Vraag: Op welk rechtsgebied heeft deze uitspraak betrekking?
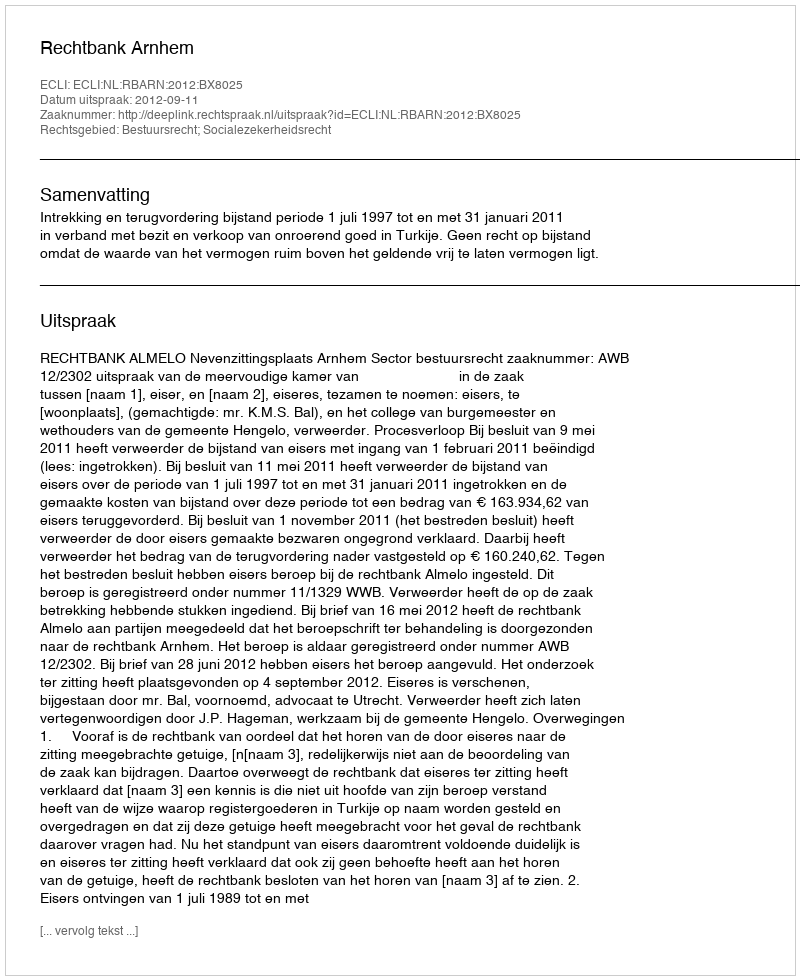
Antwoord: Bestuursrecht; Socialezekerheidsrecht